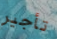
تأجير